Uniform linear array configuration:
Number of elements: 32
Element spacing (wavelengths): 0.75
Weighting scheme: exponential
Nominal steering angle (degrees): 0
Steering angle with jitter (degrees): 0.4843
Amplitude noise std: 0.05
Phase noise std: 0.05

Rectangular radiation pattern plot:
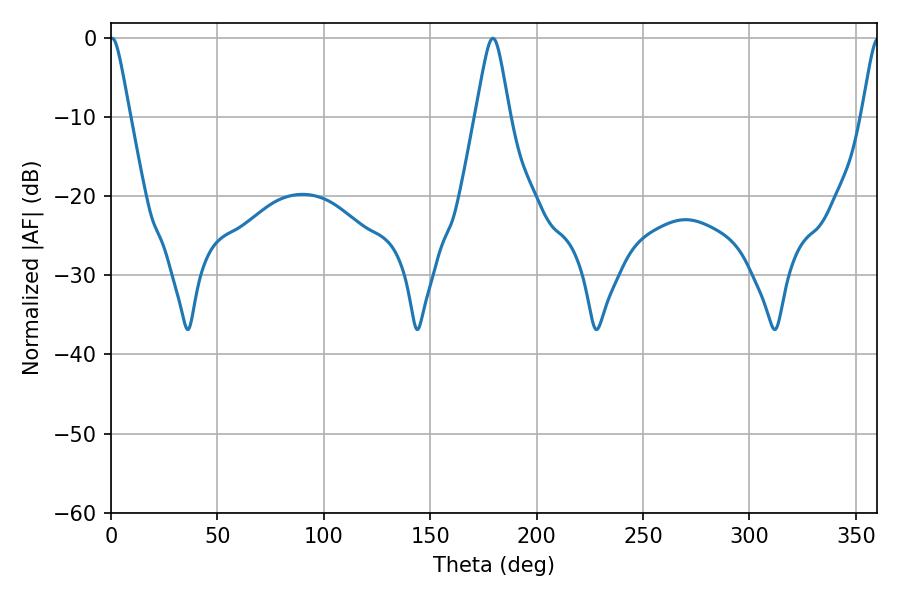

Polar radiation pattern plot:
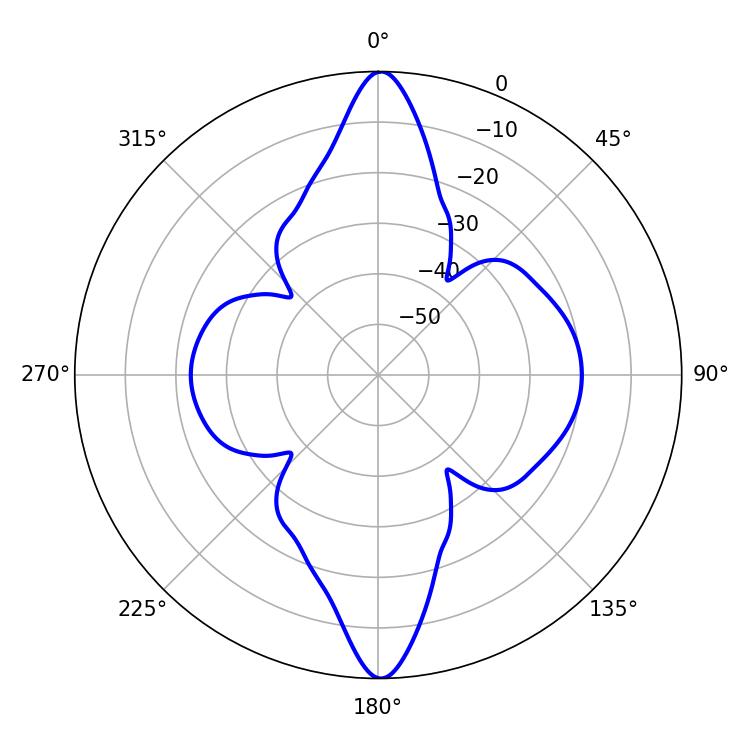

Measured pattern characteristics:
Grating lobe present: TRUE
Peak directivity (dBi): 24.451
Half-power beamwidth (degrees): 4.5
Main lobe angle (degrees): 0.54